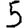
Digit: 5